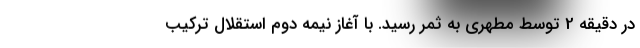
در دقیقه 2 توسط مطهری به ثمر رسید. با آغاز نیمه دوم استقلال ترکیب